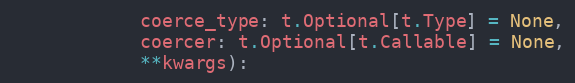
Language: Python
            coerce_type: t.Optional[t.Type] = None,
            coercer: t.Optional[t.Callable] = None,
            **kwargs):